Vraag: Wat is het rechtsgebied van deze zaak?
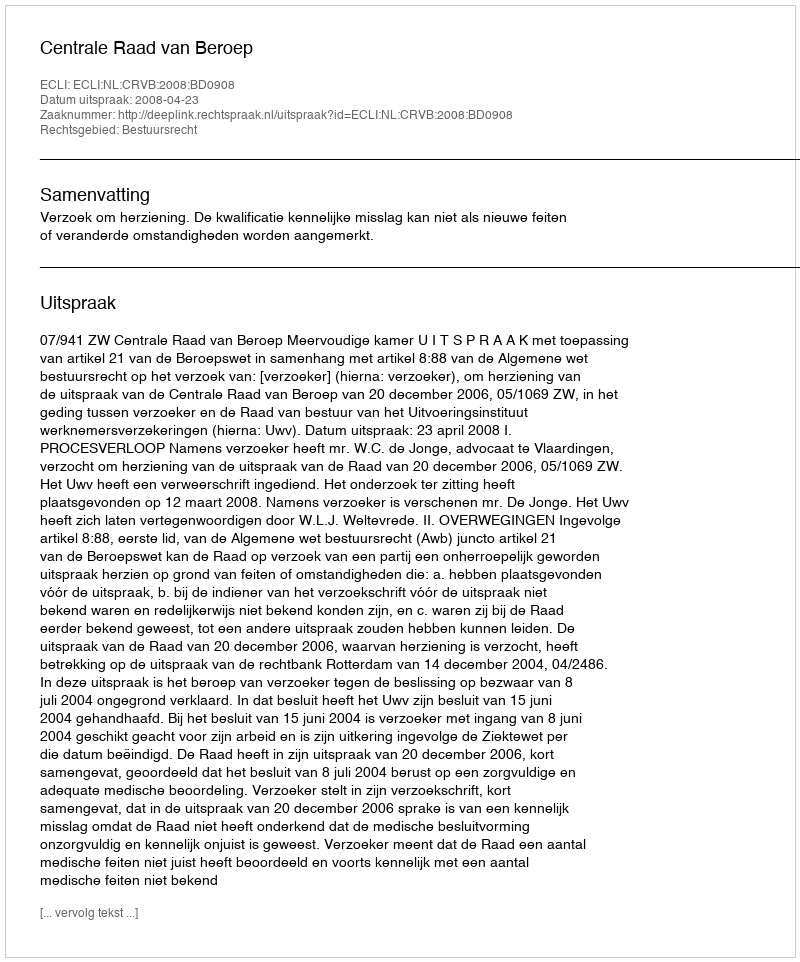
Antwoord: Bestuursrecht